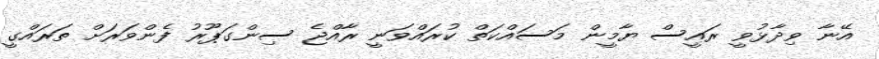
އޭނާ ވިދާޅުވީ ރައީސް ޔާމީން މަސައްކަތް ކުރައްވަނީ ރާއްޖެ ސިންގަޕޫރު ފެންވަރަށް ތަރައްގީ